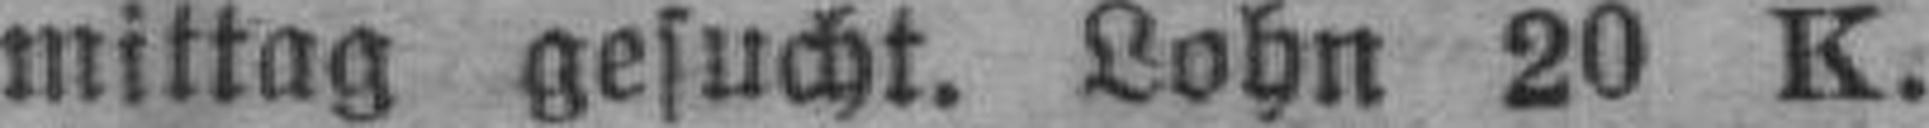
mittag gesucht. Lohn 20 K.